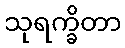
သုရက္ခိတာ